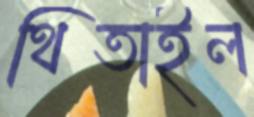
থিতাইল